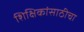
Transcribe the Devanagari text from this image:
शिक्षिकांसाठीचा